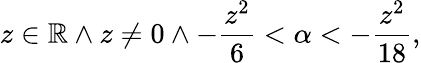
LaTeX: z\in\mathbb{R}\land z\neq 0\land-\frac{z^{2}}{6}<\alpha<-\frac{z^{2}}{18},